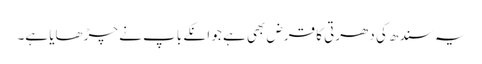
یہ سندھ کی دھرتی کا قرض بھی ہے جو انکے باپ نے چڑھایا ہے۔